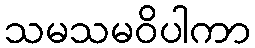
သမသမဝိပါကာ